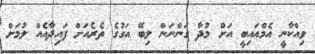
ވިއްކާނީ އެމްއައިބީ އަށް މުދާ ގަންނަން ލިބޭ އަގުގެ ތެރެއަށް ފައިދާއެއް ލުމަށް